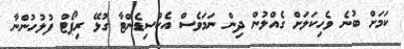
ކަމަށް ބުނެ ވެހިކަލަށް ގެއްލުން ދިން ނަމަވެސް އެކްސިޑެންޓާ ގުޅޭ ރިޕޯޓް ފުލުހުންނާ